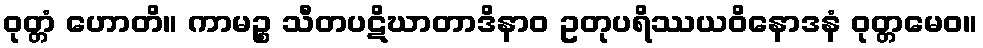
ဝုတ္တံ ဟောတိ။ ကာမဉ္စ သီတပဋိဃာတာဒိနာဝ ဥတုပရိဿယဝိနောဒနံ ဝုတ္တမေဝ။